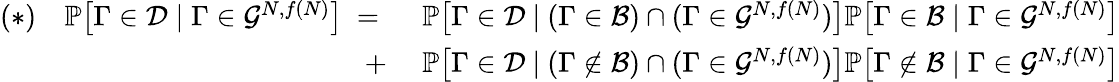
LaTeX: \begin{array}{rl}{(*)\ \ \ \ \mathbb P\big[\Gamma\in\mathcal D\mid\Gamma\in\mathcal G^{N,f(N)}\big]\ =\ }&{\mathbb P\big[\Gamma\in\mathcal D\ |\ (\Gamma\in\mathcal B)\cap(\Gamma\in\mathcal G^{N,f(N)})\big]\mathbb P\big[\Gamma\in\mathcal B\mid\Gamma\in\mathcal G^{N,f(N)}\big]}\\ {+\ }&{\mathbb P\big[\Gamma\in\mathcal D\ |\ (\Gamma\not\in\mathcal B)\cap(\Gamma\in\mathcal G^{N,f(N)})\big]\mathbb P\big[\Gamma\not\in\mathcal B\mid\Gamma\in\mathcal G^{N,f(N)}\big]}\end{array}